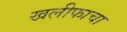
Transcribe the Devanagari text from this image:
खलीफाचा